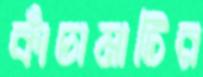
কাঁচামাটির